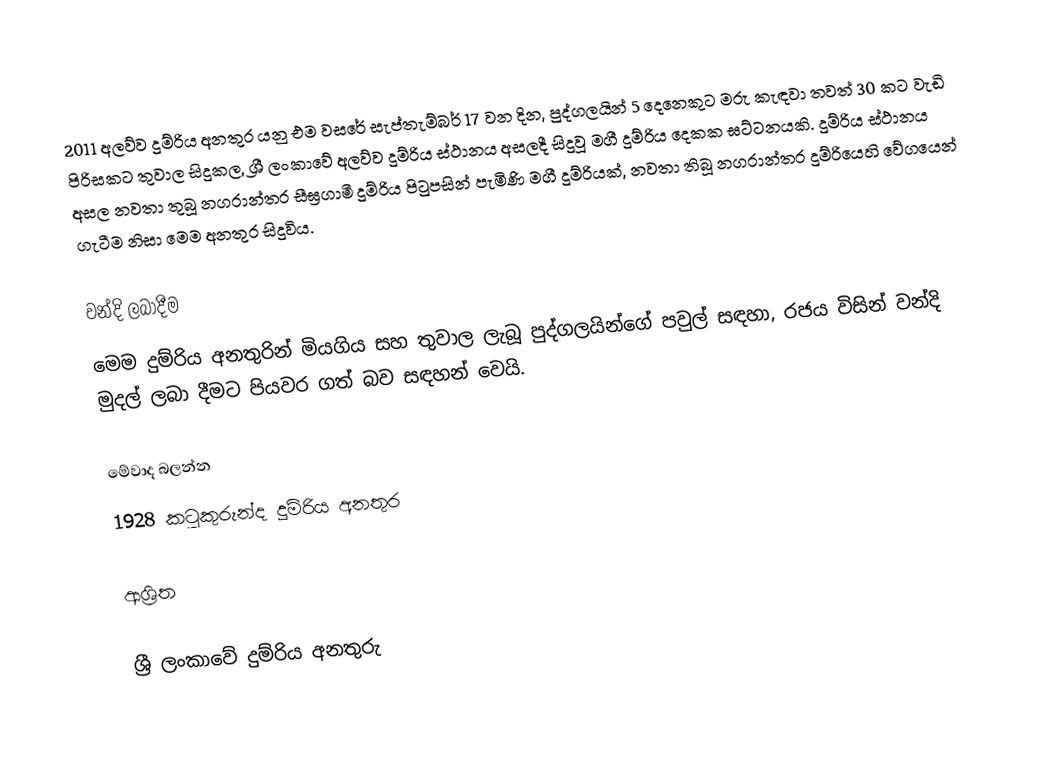
2011 අලව්ව දුම්රිය අනතුර යනු එම වසරේ සැප්තැම්බර් 17 වන දින, පුද්ගලයින් 5 දෙනෙකුට මරු කැඳවා තවත් 30 කට වැඩි පිරිසකට තුවාල සිදුකල, ශ්‍රී ලංකාවේ අලව්ව දුම්රිය ස්ථානය අසලදී සිදුවූ මගී දුම්රිය දෙකක ඝට්ටනයකි. දුම්රිය ස්ථානය අසල නවතා තුබූ නගරාන්තර සීඝ්‍රගාමී දුම්රිය පිටුපසින් පැමිණි මගී දුම්රියක්, නවතා තිබූ නගරාන්තර දුම්රියෙහි වේගයෙන් ගැටීම නිසා මෙම අනතුර සිදුවිය.

වන්දි ලබාදීම
මෙම දුම්රිය අනතුරින් මියගිය සහ තුවාල ලැබූ පුද්ගලයින්ගේ පවුල් සඳහා, රජය විසින් වන්දි මුදල් ලබා දීමට පියවර ගත් බව සඳහන් වෙයි.

මේවාද බලන්න
1928 කටුකුරුන්ද දුම්රිය අනතුර

ආශ්‍රිත

ශ්‍රී ලංකාවේ දුම්රිය අනතුරු